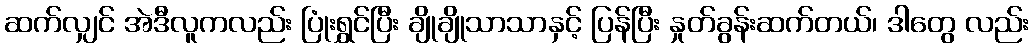
ဆက်လျှင် အဲဒီလူကလည်း ပြုံးရွှင်ပြီး ချိုချိုသာသာနှင့် ပြန်ပြီး နှုတ်ခွန်းဆက်တယ်၊ ဒါတွေ လည်း